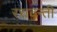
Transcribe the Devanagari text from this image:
रसवन्ती